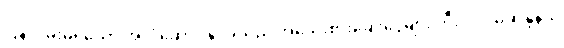
ပြန်လမ်းမရှိသော အာဂုံဆောင်နိုင်ခဲ့သည် အသေးစားချေးငွေများ ဘီးလင်းမဲဆန္ဒနယ်